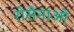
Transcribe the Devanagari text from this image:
रोसेनाओ